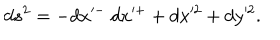
d s ^ { 2 } = - d x ^ { - } ~ d x ^ { + } + d x ^ { 2 } + d y ^ { 2 } .